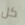
كل